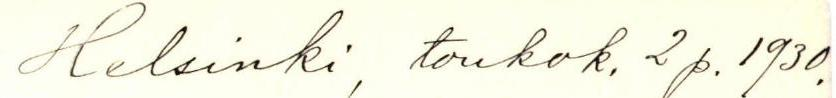
Helsinki, toukok. 2p. 1930.